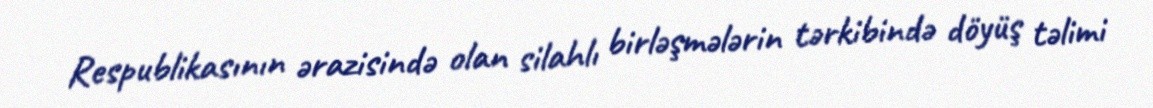
Respublikasının ərazisində olan silahlı birləşmələrin tərkibində döyüş təlimi